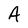
Character: A